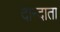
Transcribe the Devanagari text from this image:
दान्दाता